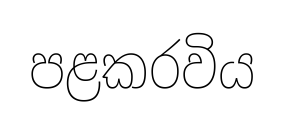
පළකරවිය